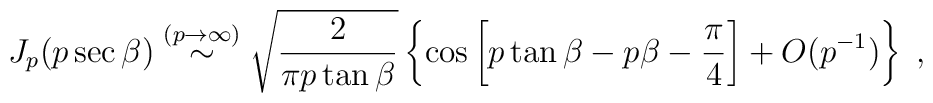
J_{p} ( p\sec \beta) \stackrel{(p \rightarrow \infty)}{\sim}\sqrt{ \frac{2}{\pi p \tan \beta} }\left\{\cos\left[p \tan \beta - p \beta - \frac{\pi}{4}\right]+ O( p^{-1} )\right\}\;  ,